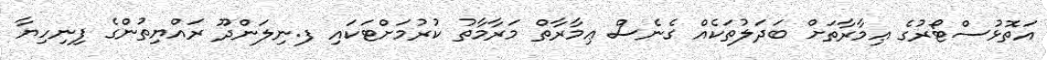
އަތޮޅުސްޓޯރުގެ ޢިމާރާތަށް ބަދަލުތަކެއް ގެނެސް ޢިމާރާތް މަރާމާތު ކުރުމަށްޓަކައި ފ.ނިލަންދޫ ރައްޔިތުންގެ ފިނިހިޔާ